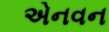
એનવન